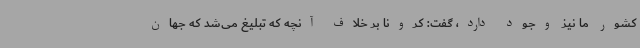
کشور ما نیز وجود دارد، گفت: کرونا بر خلاف آنچه که تبلیغ می‌شد که جهان